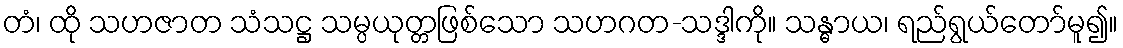
တံ၊ ထို သဟဇာတ သံသဋ္ဌ သမ္ပယုတ္တဖြစ်သော သဟဂတ-သဒ္ဒါကို။ သန္ဓာယ၊ ရည်ရွယ်တော်မူ၍။